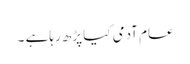
عام آدمی کیا پڑھ رہا ہے ۔